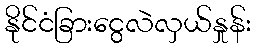
နိုင်ငံခြားငွေလဲလှယ်နှုန်း